Memorandum on the prevention of leprosy by segregation of the affected
Disease focus: Leprosy
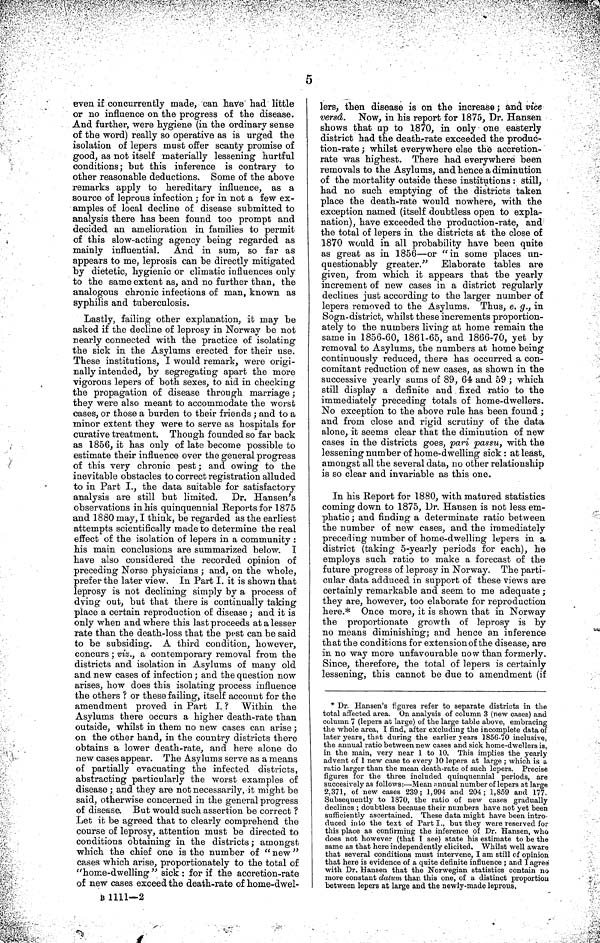
5
even if concurrently made, can have had little
or no influence on the progress of the disease.
And further, were hygiene (in the ordinary sense
of the word) really so operative as is urged the
isolation of lepers must offer scanty promise of
good, as not itself materially lessening hurtful
conditions ; but this inference is contrary to
other reasonable deductions. Some of the above
remarks apply to hereditary influence, as a
source of leprous infection ; for in not a few ex-
amples of local decline of disease submitted to
analysis there has been found too prompt and
decided an amelioration in families to permit
of this slow-acting agency being regarded as
mainly influential. And in sum, so far as
appears to me, leprosis can be directly mitigated
by dietetic, hygienic or climatic influences only
to the same extent as, and no further than, the
analogous chronic infections of man, known as
syphilis and tuberculosis.
Lastly, failing other explanation, it may be
asked if the decline of leprosy in Norway be not
nearly connected with the practice of isolating
the sick in the Asylums erected for their use.
These institutions, I would remark, were origi-
nally intended, by segregating apart the more
vigorous lepers of both sexes, to aid in checking
the propagation of disease through marriage ;
they were also meant to accommodate the worst
cases, or those a burden to their friends ', and to a
minor extent they were to serve as hospitals for
curative treatment. Though founded so far back
as 1856, it has only of late become possible to
estimate their influence over the general progress
of this very chronic pest ; and owing to the
inevitable obstacles to correct registration alluded
to in Part I., the data suitable for satisfactory
analysis are still but limited. Dr. Hansen's
observations in his quinquennial Reports for 1875
and 1880 may, I think, be regarded as the earliest
attempts scientifically made to determine the real
effect of the isolation of lepers in a community :
his main conclusions are summarized below. I
have also considered the recorded opinion of
preceding Norse physicians ; and, on the whole,
prefer the later view. In Part I. it is shown that
leprosy is not declining simply by a process of
dying out, but that there is continually taking
place a certain reproduction of disease ; and it is
only when and where this last proceeds at a lesser
rate than the death-loss that the pest can be said
to be subsiding. A third condition, however,
concurs ; viz., a contemporary removal from the
districts and isolation in Asylums of many old
and new cases of infection ; and the question now
arises, how does this isolating process influence
the others ? or these failing, itself account for the
amendment proved in Part I. ? Within the
Asylums there occurs a higher death-rate than
outside, whilst in them no new cases can arise ;
on the other hand, in the country districts there
obtains a lower death-rate, and here alone do
new cases appear. The Asylums serve as a means
of partially evacuating the infected districts,
abstracting particularly the worst examples of
disease ; and they are not necessarily, it might be
said, otherwise concerned in the general progress
of disease. But would such assertion be correct ?
Let it be agreed that to clearly comprehend the
course of leprosy, attention must be directed to
conditions obtaining in the districts ; amongst
which the chief one is the number of " new"
cases which arise, proportionately to the total of
"home-dwelling " sick : for if the accretion-rate
of new cases exceed the death-rate of home-dwel-
lers, then disease is on the increase ; and vice
versâ. Now, in his report for 1875, Dr. Hansen
shows that up to 1,870, in only one easterly
district had the death-rate exceeded the produc-
tion-rate ; whilst everywhere else the accretion-
rate was highest. There had everywhere been
removals to the Asylums, and hence a diminution
of the mortality outside these institutions : still,
had no such emptying of the districts taken
place the death-rate would nowhere, with the
exception named (itself doubtless open to expla-
nation), have exceeded the production-rate, and
the total of lepers in the districts at the close of
1870 would in all probability have been quite
as great as in 1856—or "in some places un-
questionably greater." Elaborate tables are
given, from which it appears that the yearly
increment of new cases in a district regularly
declines just according to the larger number of
lepers removed to the Asylums. Thus, e. g., in
Sogn-district, whilst these increments proportion-
ately to the numbers living at home remain the
same in 1856-60, 1861-65, and 1866-70, yet by
removal to Asylums, the numbers at home being
continuously reduced, there has occurred a con-
comitant reduction of new cases, as shown in the
successive yearly sums of 89, 64 and 59 ; which
still display a definite and fixed ratio to the
immediately preceding totals of home-dwellers.
No exception to the above rule has been found ;
and from close and rigid scrutiny of the data
alone, it seems clear that the diminution of new
cases in the districts goes, pari passu, with the
lessening number of home-dwelling sick : at least,
amongst all the several data, no other relationship
is so clear and invariable as this one.
In his Report for 1880, with matured statistics
coming down to 1875, Dr. Hansen is not less em-
phatic ; and finding a determinate ratio between
the number of new cases, and the immediately
preceding number of home-dwelling lepers in a
district (taking 5-yearly periods for each), he
employs such ratio to make a forecast of the
future progress of leprosy in Norway. The parti-
cular data adduced in support of these views are
certainly remarkable and seem to me adequate ;
they are, however, too elaborate for reproduction
here.* Once more, it is shown that in Norway
the proportionate growth of leprosy is by
no means diminishing; and hence an inference
that the conditions for extension of the disease, are
in no way more unfavourable now than formerly.
Since, therefore, the total of lepers is certainly
lessening, this cannot be due to amendment (if
* Dr. Hansen's figures refer to separate districts in the
total affected area. On analysis of column 3 (new cases) and
column 7 (lepers at large) of the large table above, embracing
the whole area, I find, after excluding the incomplete data of
later years, that during the earlier years 1856-70 inclusive,
the annual ratio between new cases and sick home-dwellers is,
in the main, very near 1 to 10. This implies the yearly
advent of 1 new case to every 10 lepers at large ; which is a
ratio larger than the mean death-rate of such lepers. Precise
figures for the three included quinquennial periods, are
succesively as follows:—Mean annual number of lepers at large
2,371, of new cases 239; 1,994 and 204; 1,859 and 177.
Subsequently to 1870, the ratio of new cases gradually
declines ; doubtless because their numbers have not yet been
sufficiently ascertained. These data might have been intro-
duced into the text of Part I., but they were reserved for
this place as confirming the inference of Dr. Hansen, who
does not however (that I see) state his estimate to be the
same as that here independently elicited. Whilst well aware
that several conditions must intervene, I am still of opinion
that here is evidence of a quite definite influence ; and I agree
with Dr. Hansen that the Norwegian statistics contain no
more constant datum than this one, of a distinct proportion
between lepers at large and the newly-made leprous,
B 1111—2